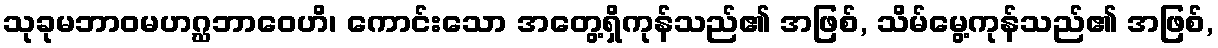
သုခုမဘာဝမဟဂ္ဃဘာဝေဟိ၊ ကောင်းသော အတွေ့ရှိကုန်သည်၏ အဖြစ်, သိမ်မွေ့ကုန်သည်၏ အဖြစ်,